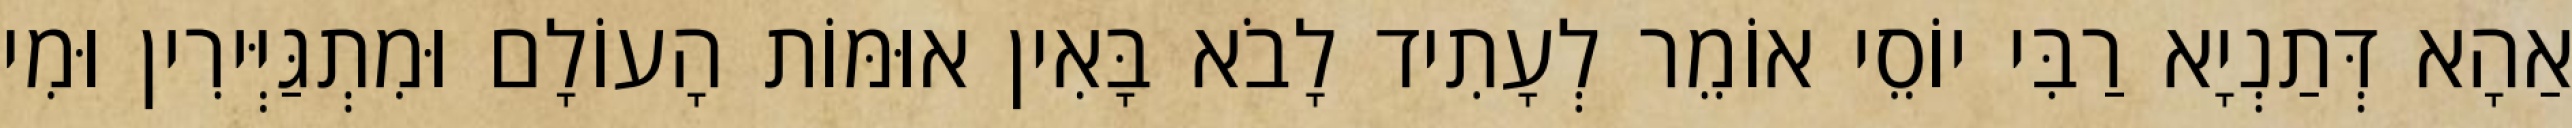
אַהָא דְּתַנְיָא רַבִּי יוֹסֵי אוֹמֵר לְעָתִיד לָבֹא בָּאִין אוּמּוֹת הָעוֹלָם וּמִתְגַּיְּירִין וּמִי